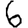
Digit: 6